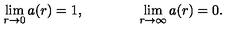
\lim _ { r \rightarrow 0 } a ( r ) = 1 , \qquad \qquad \lim _ { r \rightarrow \infty } a ( r ) = 0 .